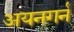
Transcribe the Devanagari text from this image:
अयनगर्न